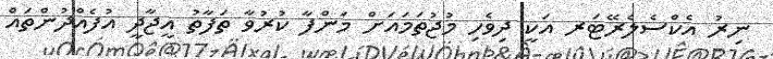
ނިރު އެކްސެލެރޭޓަރ އަކީ ދިވެހި މުޖުތަމައަށް މަންފާ ކުރުވާ ތަފާތު އީޖާދީ އުފެއްދުންތައް